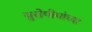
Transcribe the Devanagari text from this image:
युरोपीयांच्या